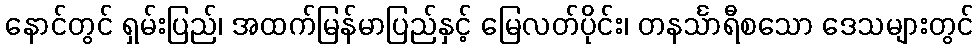
နောင်တွင် ရှမ်းပြည်၊ အထက်မြန်မာပြည်နှင့် မြေလတ်ပိုင်း၊ တနင်္သာရီစသော ဒေသများတွင်